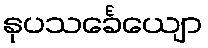
နုပသင်္ခေယျော